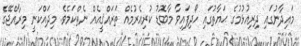
މައިދާނުގައި ދިރިއުޅުމުގެ ޙަޔާތުގައި ހޯދިފައިވާ މާބޮޑު ކުރިއެރުމެއް ތަރައްޤީއެއް ނެތްކަމެވެ. މިދައްކަނީ މިރާއްޖޭގެ